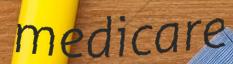
medicare